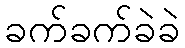
ခက်ခက်ခဲခဲ